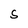
Character: S